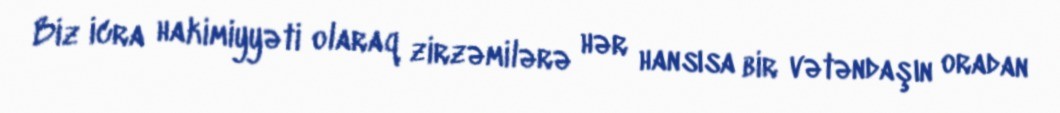
Biz icra hakimiyyəti olaraq zirzəmilərə hər hansısa bir vətəndaşın oradan